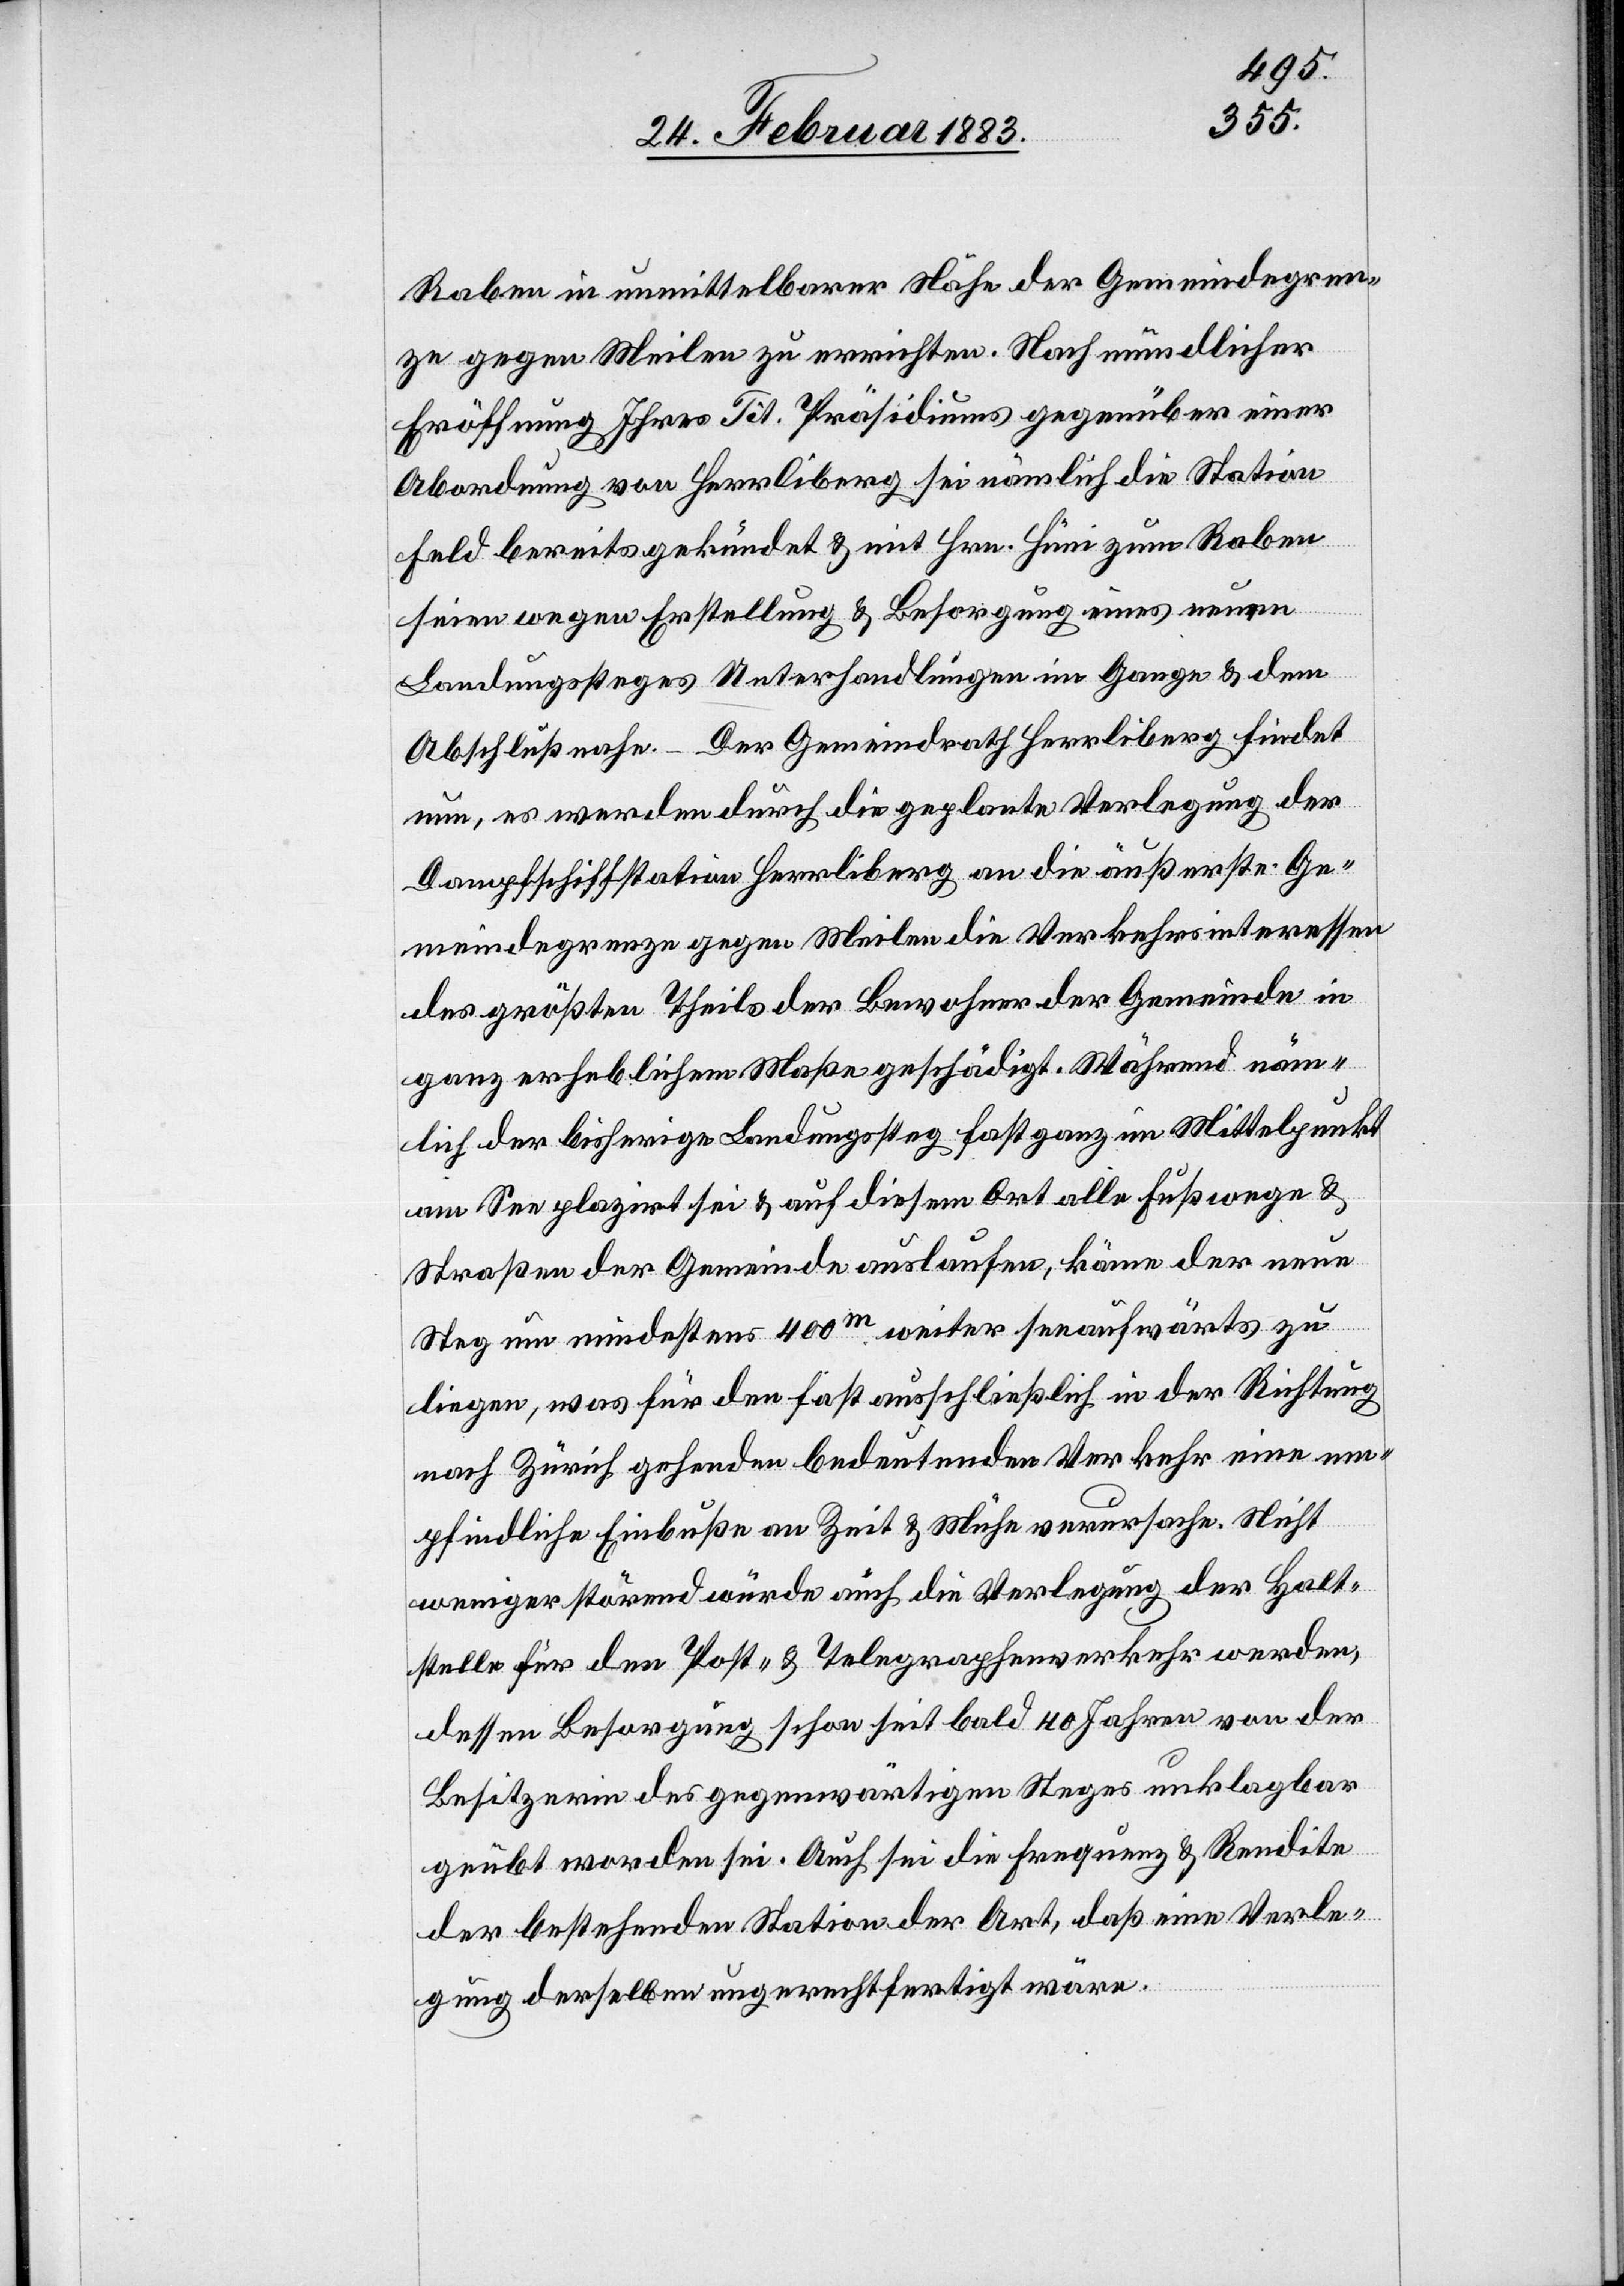
Raben in unmittelbarer Nähe der Gemeindegren¬
ze gegen Meilen zu errichten. Nach mündlicher
Eröffnung Ihres Tit. Präsidiums gegenüber einer
Abordnung von Herrliberg sei nämlich die Station
Feld bereits gekündet & mit Hrn. Hüni zum Raben
seien wegen Erstellung & Besorgung eines neuen
Landungssteges Unterhandlungen im Gange & dem
Abschluß nahe. – Der Gemeindrath Herrliberg findet
nun, es werden durch die geplante Verlegung der
Dampfschiffstation Herrliberg an die äußerste Ge¬
meindegrenze gegen Meilen die Verkehrsinteressen
des größten Theils der Bewohner der Gemeinde in
ganz erheblichem Maße geschädigt. Während näm¬
lich der bisherige Landungssteg fast ganz im Mittelpunkt
am See plaziert sei & auf diesen Ort alle Fußwege &
Straßen der Gemeinde auslaufen, käme der neue
Steg um mindestens 400m weiter seeaufwärts zu
liegen, was für den fast ausschließlich in der Richtung
nach Zürich gehenden bedeutenden Verkehr eine em¬
pfindliche Einbuße an Zeit & Mühe verursache. Nicht
weniger störend würde auch die Verlegung der Halt¬
stelle für den Post- & Telegraphenverkehr werden,
dessen Besorgung schon seit bald 40 Jahren von der
Besitzerin des gegenwärtigen Steges unklagbar
geübt worden sei. Auch sei die Frequenz & Rendite
der bestehenden Station der Art, daß eine Verle¬
gung derselben ungerechtfertigt wäre.